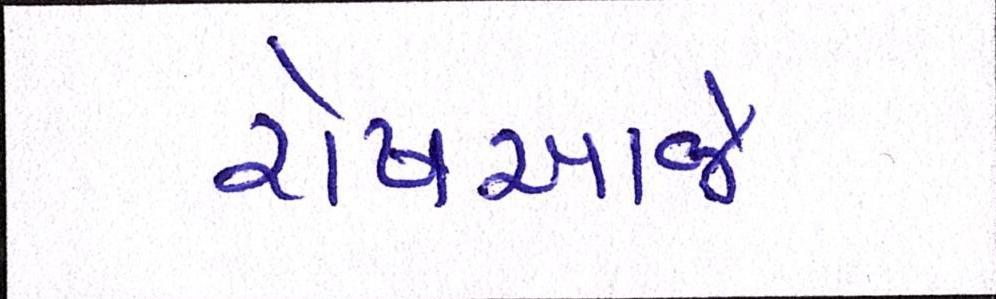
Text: રોષઆજે